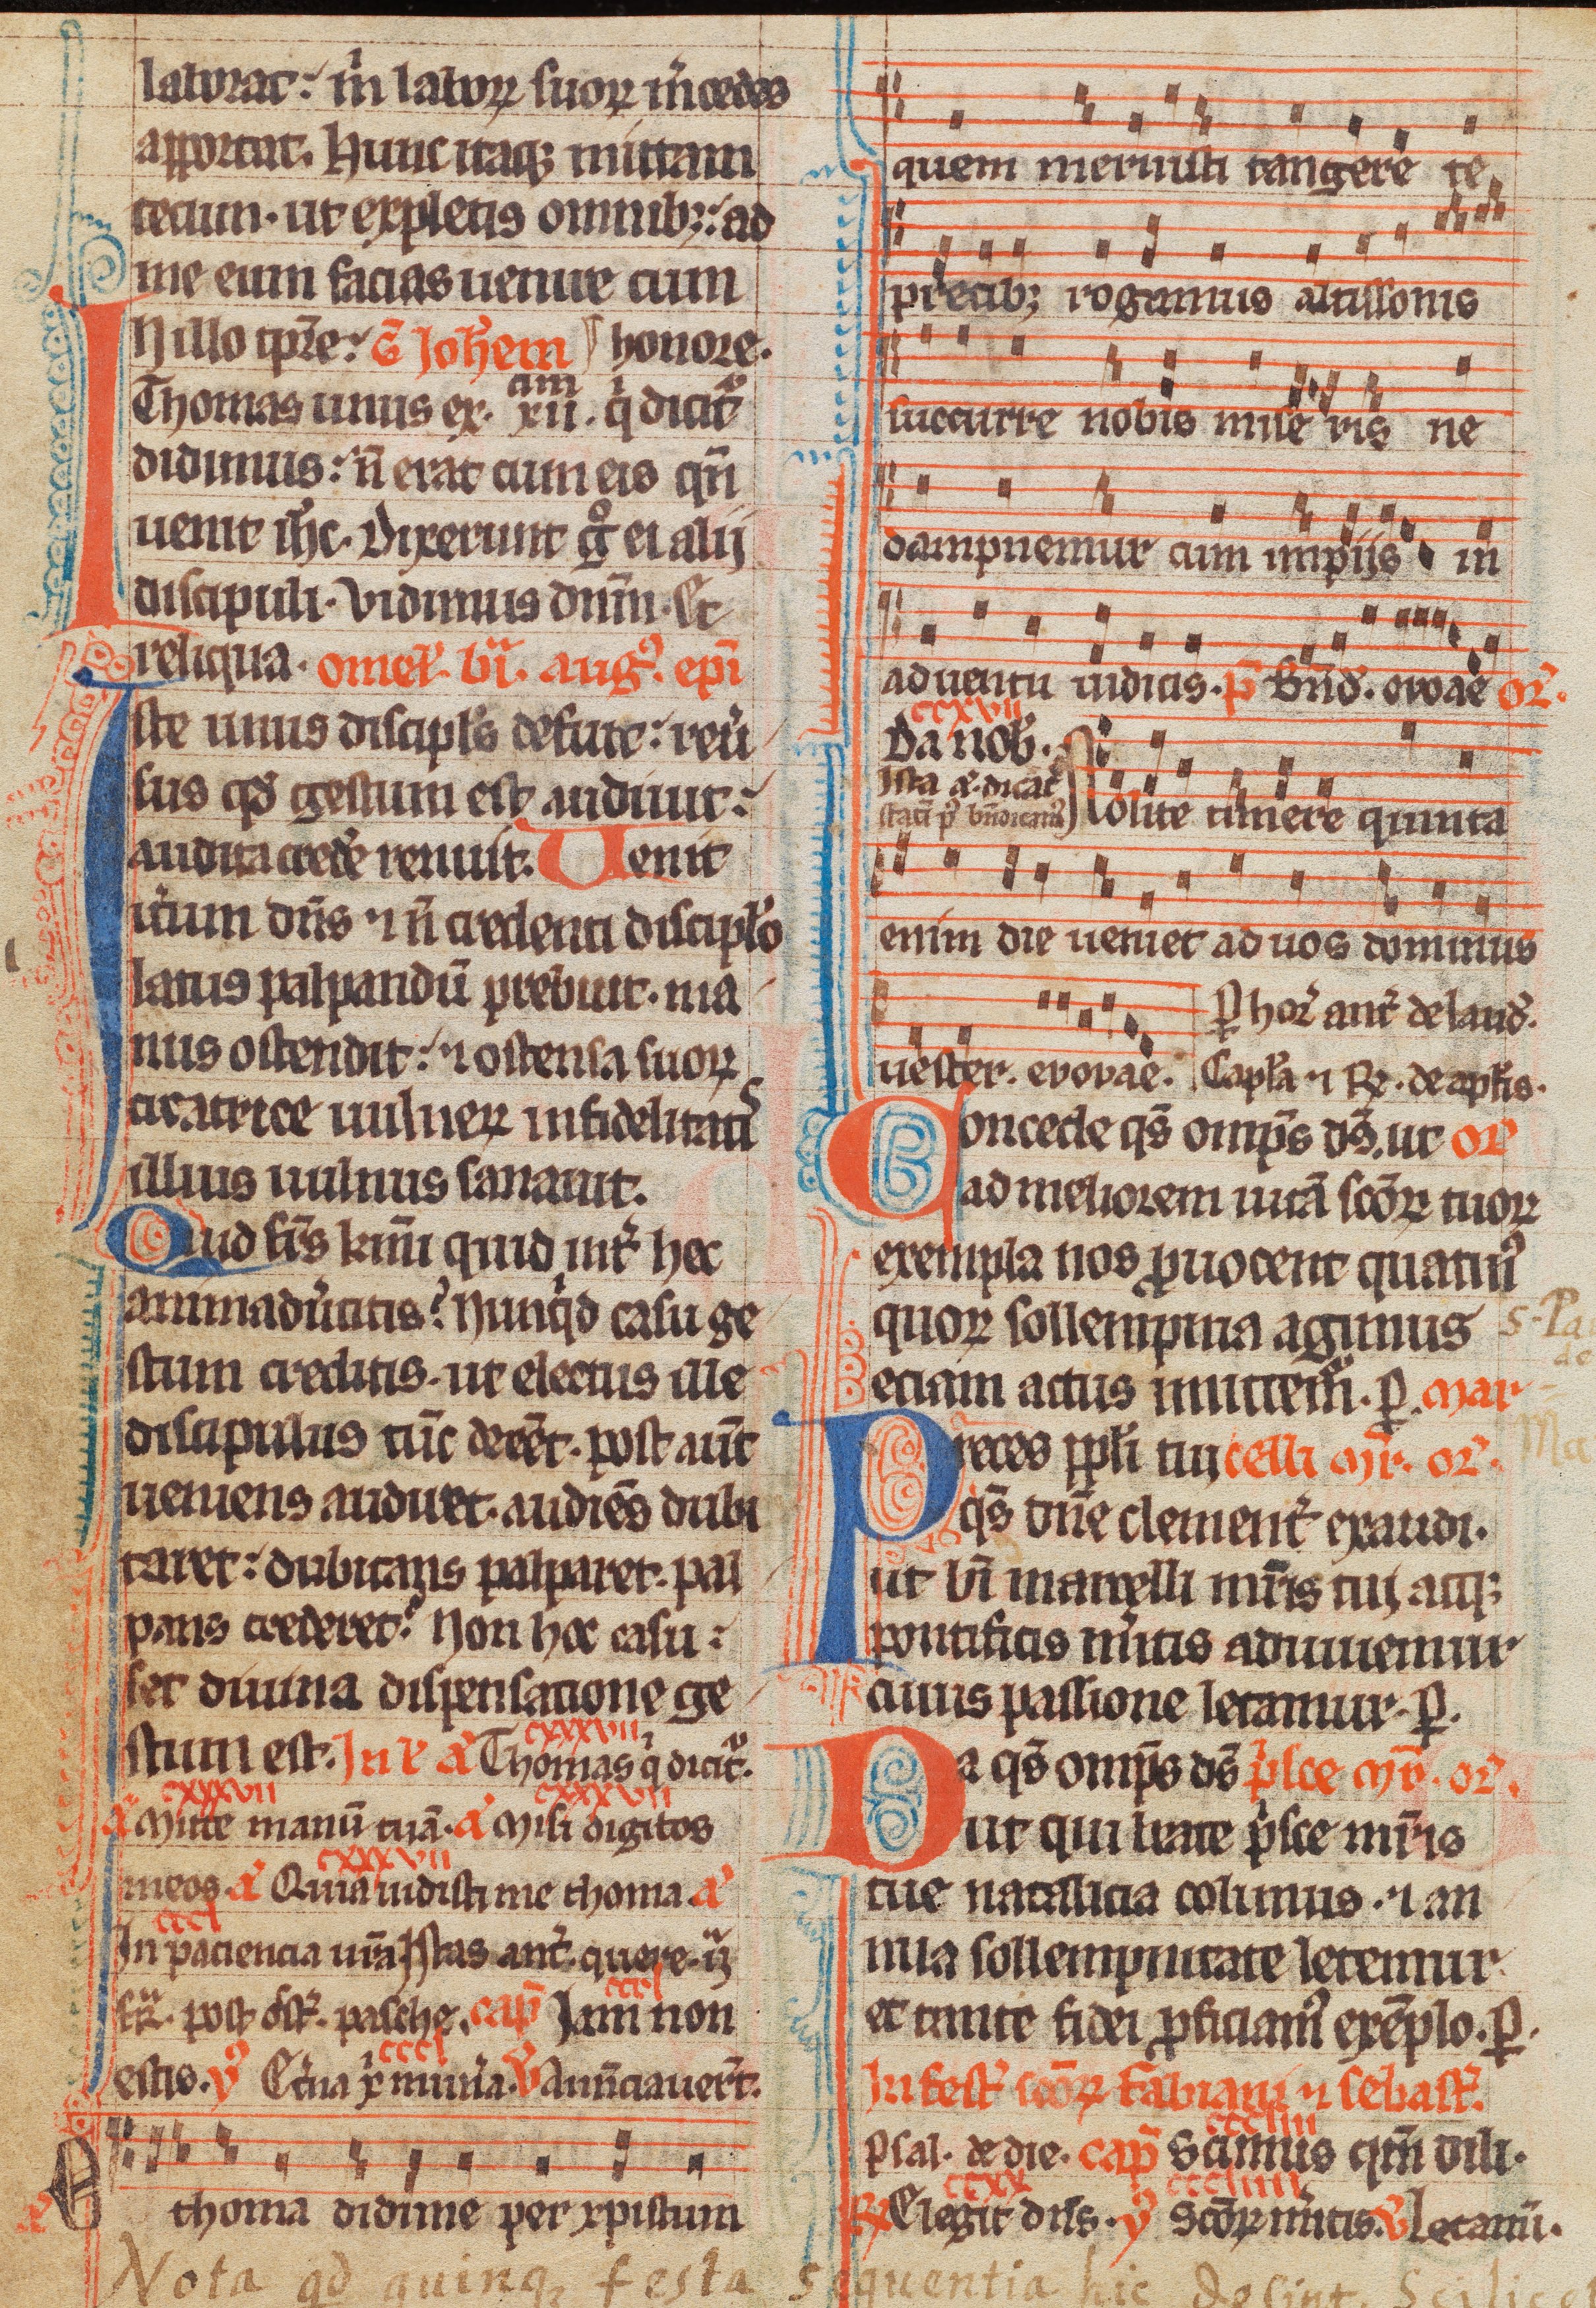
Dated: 1285–1315